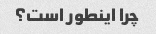
چرا اینطور است؟